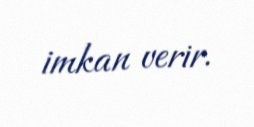
imkan verir.